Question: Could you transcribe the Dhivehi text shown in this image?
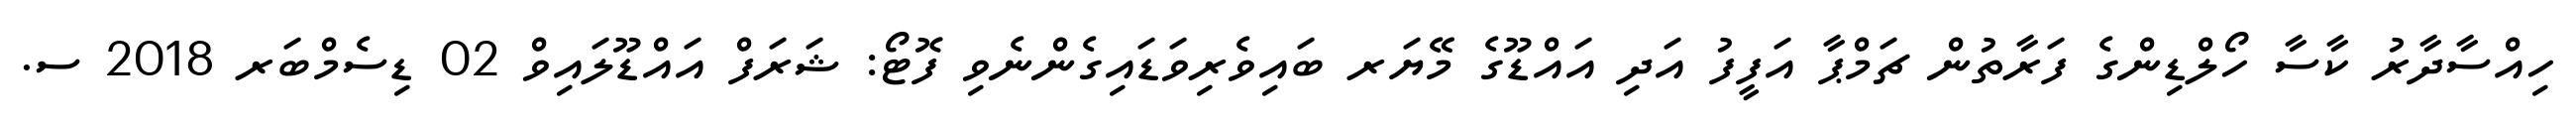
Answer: ހިއްސާދާރު ކާސާ ހޯލްޑިންގެ ފަރާތުން ޗަމްޕާ އަފީފު އަދި އައްޑޫގެ މޭޔަރ ބައިވެރިވަޑައިގެންނެވި ފޮޓޯ: ޝަރަފް އައްޑޫލައިވް 02 ޑިސެމްބަރ 2018 ސ.